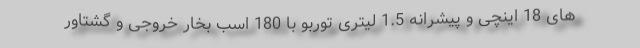
های 18 اینچی و پیشرانه 1.5 لیتری توربو با 180 اسب بخار خروجی و گشتاور